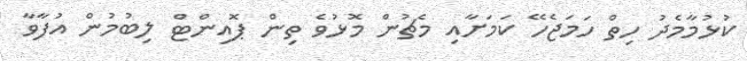
ކުޅުމާމެދު ހިތް ހަމަޖެހޭ ކަމަށާއި މެޗުން މޮޅުވެ ތިން ޕޮއިންޓް ލިބުމުން އުފާވާ